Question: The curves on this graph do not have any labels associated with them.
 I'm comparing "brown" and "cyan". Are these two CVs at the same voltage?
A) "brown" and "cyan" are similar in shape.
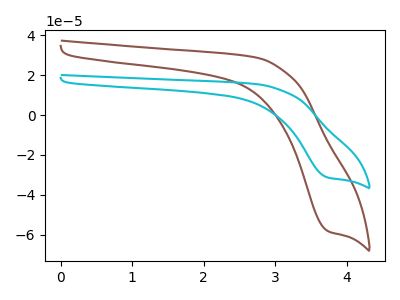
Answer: <think>The brown curve "brown" has a cathodic peak at: (3.75V, -58.25uA). The cyan curve "cyan" has a cathodic peak at: (3.75V, -31.35uA).
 All the peaks in "brown" have a peak in "cyan" at the same potential. Every peak in "brown" is higher than every peak in "cyan".</think>
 <answer>A) "brown" and "cyan" are similar in shape.</answer>
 <eval>A</eval>